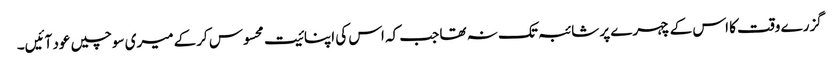
گزرے وقت کا اس کے چہرے پر شائبہ تک نہ تھا جب کہ اس کی اپنائیت محسوس کرکے میری سوچیں عود آئیں۔